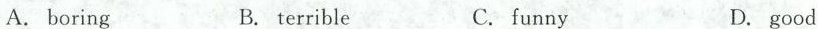
A.boring B.terrible C.funny D.good